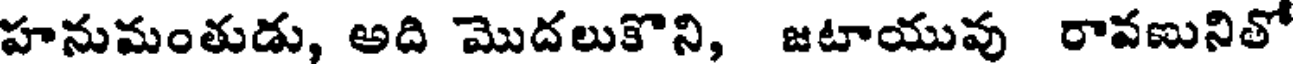
హనుమంతుడు, అది మొదలుకొని, జటాయువు రావణునితో